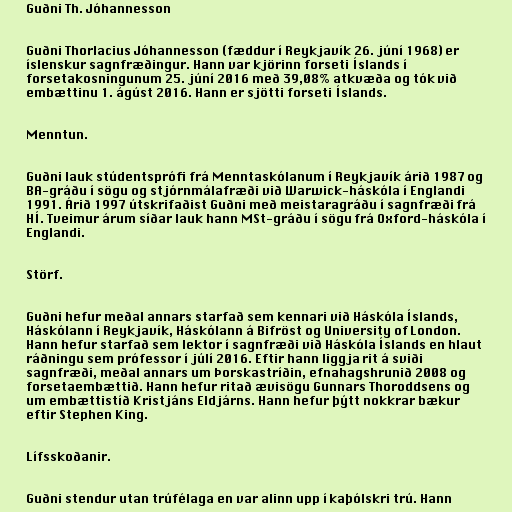
Guðni Th. Jóhannesson

Guðni Thorlacius Jóhannesson (fædd­ur í Reykjavík 26. júní 1968) er
íslenskur sagnfræðingur. Hann var kjörinn forseti Íslands í
forsetakosningunum 25. júní 2016 með 39,08% atkvæða og tók við
embættinu 1. ágúst 2016. Hann er sjötti forseti Íslands.

Menntun.

Guðni lauk stúd­ents­prófi frá Mennta­skól­an­um í Reykja­vík árið 1987 og
BA-gráðu í sögu og stjórnmálafræði við Warwick-há­skóla í Englandi
1991. Árið 1997 út­skrifaðist Guðni með meist­ara­gráðu í sagn­fræði frá
HÍ. Tveim­ur árum síðar lauk hann MSt-gráðu í sögu frá Oxford-há­skóla í
Englandi.

Störf.

Guðni hef­ur meðal ann­ars starfað sem kenn­ari við Há­skóla Íslands,
Há­skól­ann í Reykja­vík, Há­skól­ann á Bif­röst og Uni­versity of London.
Hann hefur starfað sem lektor í sagn­fræði við Há­skóla Íslands en hlaut
ráðningu sem prófessor í júlí 2016. Eft­ir hann liggja rit­ á sviði
sagn­fræði, meðal ann­ars um Þorskastríðin, efnahagshrunið 2008 og
for­seta­embættið. Hann hefur ritað ævi­sögu Gunn­ars Thorodd­sens og
um embætt­istíð Kristjáns Eld­járns. Hann hefur þýtt nokkrar bækur
eftir Stephen King.

Lífsskoðanir.

Guðni stend­ur utan trú­fé­laga en var alinn upp í kaþólskri trú. Hann